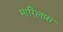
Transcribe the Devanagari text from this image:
मारिलास